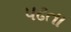
પઢતા